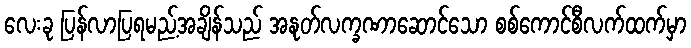
လေးခု ပြန်လာပြရမည့်အချိန်သည် အနုတ်လက္ခဏာဆောင်သော စစ်ကောင်စီလက်ထက်မှာ